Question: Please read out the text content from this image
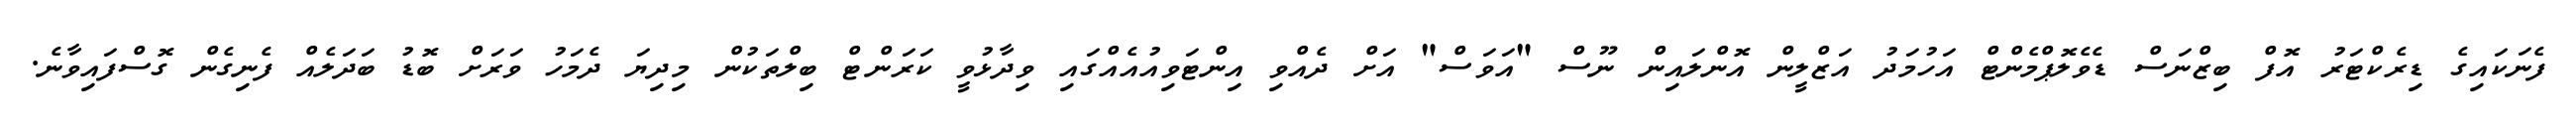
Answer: ފެނަކައިގެ ޑިރެކްޓަރު އޮފް ބިޒްނަސް ޑެވެލޮޕްމެންޓް އަހުމަދު އަޒްލީން އޮންލައިން ނޫސް "އަވަސް" އަށް ދެއްވި އިންޓަވިއުއެއްގައި ވިދާޅުވީ ކަރަންޓް ބިލްތަކުން މިދިޔަ ދެމަހު ވަރަށް ބޮޑު ބަދަލެއް ފެނިގެން ގޮސްފައިވާނެ.